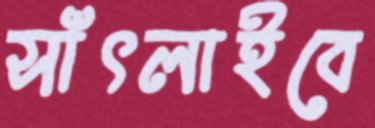
সাঁৎলাইবে